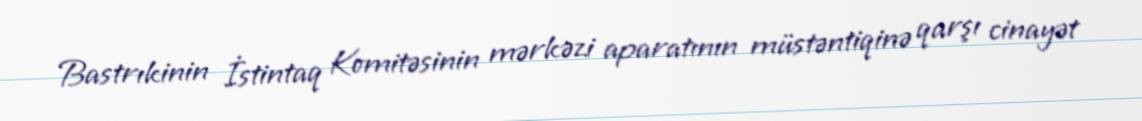
Bastrıkinin İstintaq Komitəsinin mərkəzi aparatının müstəntiqinə qarşı cinayət